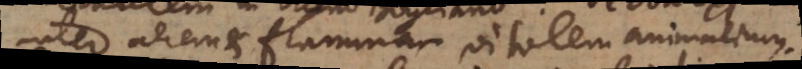
inter aerem et flammam vitalem animalium.